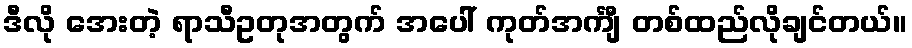
ဒီလို အေးတဲ့ ရာသီဥတုအတွက် အပေါ် ကုတ်အင်္ကျီ တစ်ထည်လိုချင်တယ်။